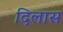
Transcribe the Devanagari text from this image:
दिलास